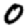
Digit: 0